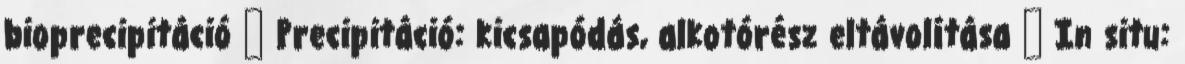
bioprecipitáció  Precipitáció: kicsapódás, alkotórész eltávolítása  In situ: